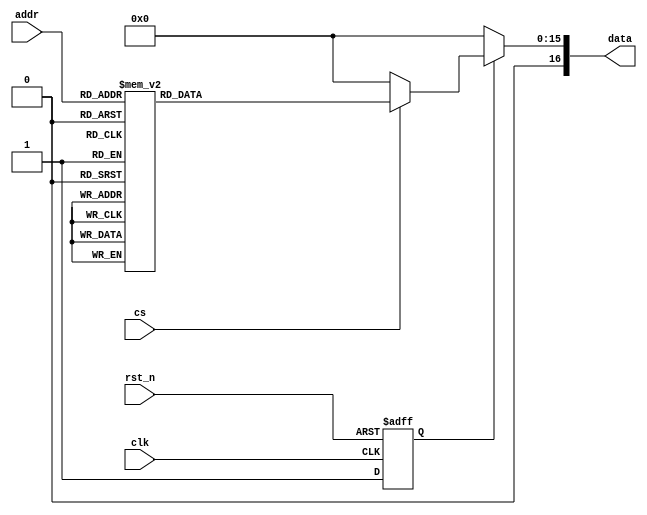
module ROM2_Z6(clk, rst_n, cs, addr, data);

input [2:0] addr; // address
input cs; // chip select
input rst_n; 
input clk; 
output reg [16:0] data;

reg [15:0] rom_data;
reg rst_n_sync;

always@(*) begin

if(cs)
begin
//   c1= 0.9807852804 , c2= 0.92387953251 , c3= 0.8314696123 , c4= 0.70710678118 , c5= 0.55557023302 , c6= 0.38268343236 , c7= 0.19509032201 
case(addr) 
3'b000: rom_data = 16'b0000000000000000;
3'b001: rom_data = 16'b0001100001111101;
3'b010: rom_data = 16'b1100010011011111;
3'b011: rom_data = 16'b1101110101011101;

3'b100: rom_data = 16'b0011101100100000;
3'b101: rom_data = 16'b0101001110011110;
3'b110: rom_data = 16'b0000000000000000;
3'b111: rom_data = 16'b0001100001111101;
default: rom_data = 16'b0;
endcase 
end 
else rom_data = 0; 
end 

// Asynchronous reset assertion, synchronous reset deassertion
always @(negedge rst_n or posedge clk) begin
    if (!rst_n)
        rst_n_sync <= 1'b0;  // Asynchronous reset assertion
    else
        rst_n_sync <= 1'b1;  // Synchronous reset deassertion
end

// Data output logic
always @(*) begin
    if (!rst_n_sync)
        data = 17'b0;  // Clear data on reset
    else
        data = rom_data;  // Update data immediately from combinational logic
end

endmodule


// // c1= 0.9807852804 , c2= 0.92387953251 , c3= 0.8314696123 , c4= 0.70710678118 , c5= 0.55557023302 , c6= 0.38268343236 , c7= 0.19509032201 
// // make sure that c4 is equal 32'b01011010100000100111100110011001
// // This is for the first row to get z1 only 	*this is the first rom*
//     			                           // It must be in Fixed Point representation! 
// // first bit is for +/- , then the 2nd bit either 0 for 0 or 1 for 1, negatives is the 2's compliment for the whole number
 
//      if (addr == 3'b000) begin data <= 16'b0000000000000000; end // 0
// // (x0j==0 && x1j==0 && x2j==0 && x3j==0 )  0 = -0.5[-c6+c2-c2+c6] negative 1111  

// else if (addr == 3'b001) begin data <= 16'b0001100001111101; end // 0.38268343236
// // (x0j==0 && x1j==0 && x2j==0 && x3j==1 ) c6 = -0.5[-c6+c2-c2-c6] = negative 1110    

// else if (addr == 3'b010) begin data <= 16'b1100010011011111; end // -0.92387953251
// // (x0j==0 && x1j==0 && x2j==1 && x3j==0 ) -c2 = -0.5[-c6+c2+c2+c6] = negative 1101  
 
// else if (addr == 3'b011) begin data <= 16'b1101110101011101; end // -0.5411961001 = -0.92387953251+0.38268343236
// // (x0j==0 && x1j==0 && x2j==1 && x3j==1 ) -c2+c6 = -0.5[-c6+c2+c2-c6] = negative 1100  
  

// else if (addr == 3'b100) begin data <= 16'b0011101100100000; end // 0.92387953251
// // (x0j==0 && x1j==1 && x2j==0 && x3j==0 ) c2 = -0.5[-c6-c2-c2+c6] = negative 1011  

// else if (addr == 3'b101) begin data <= 16'b0101001110011110; end // 1.306562965 = 0.92387953251+0.38268343236
// // (x0j==0 && x1j==1 && x2j==0 && x3j==1 ) c6+c2 = -0.5[-c6-c2-c2-c6] = negative 1010  
  
// else if (addr == 3'b110) begin data <= 16'b0000000000000000; end // 0
// // (x0j==0 && x1j==1 && x2j==1 && x3j==0 ) 0 = -0.5[-c6-c2+c2+c6] = negative 1001  
 
// else if (addr == 3'b111) begin data <= 16'b0001100001111101; end // 0.38268343236
// // (x0j==0 && x1j==1 && x2j==1 && x3j==1 ) c6 = -0.5[-c6-c2+c2-c6] = negative 1000